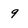
Character: 9